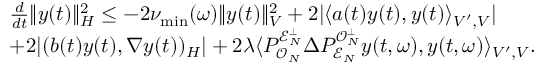
\begin{array} { r l } & { \frac { d } { d t } \| y ( t ) \| _ { H } ^ { 2 } \leq - 2 \nu _ { \operatorname* { m i n } } ( \omega ) \| y ( t ) \| _ { V } ^ { 2 } + 2 | \langle a ( t ) y ( t ) , y ( t ) \rangle _ { V ^ { \prime } , V } | } \\ & { + 2 | ( b ( t ) y ( t ) , \nabla y ( t ) ) _ { H } | + 2 \lambda \langle P _ { \mathcal { O } _ { N } } ^ { \mathcal { E } _ { N } ^ { \perp } } \Delta P _ { \mathcal { E } _ { N } } ^ { \mathcal { O } _ { N } ^ { \perp } } y ( t , \omega ) , y ( t , \omega ) \rangle _ { V ^ { \prime } , V } . } \end{array}